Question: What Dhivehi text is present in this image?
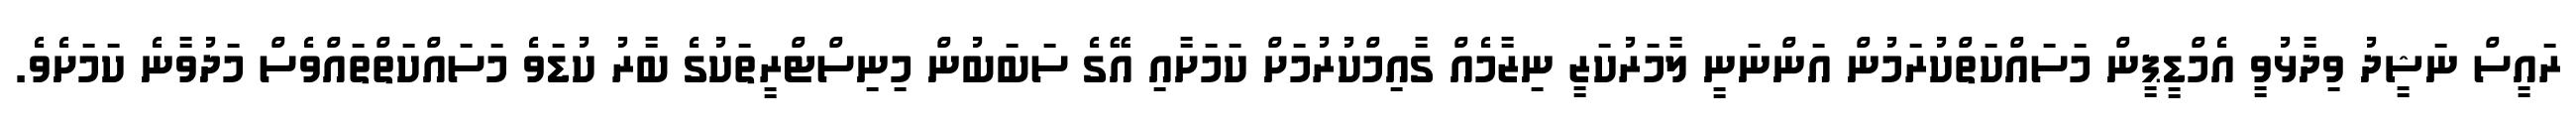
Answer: ރައީސް ނަޝީދު ވިދާޅުވީ އެމްޑީޕީން މަސައްކަތްކުރަމުން އަންނަނީ ލާމަރުކަޒީ ނިޒާމެއް ގާއިމްކުރުމަށް ކަމަށާއި އޭގެ ސަބަބުން މިނިސްޓްރީތަކުގެ ބާރު ކުޑަވެ މަސައްކަތްތައްވެސް މަދުވާނެ ކަމަށެވެ.